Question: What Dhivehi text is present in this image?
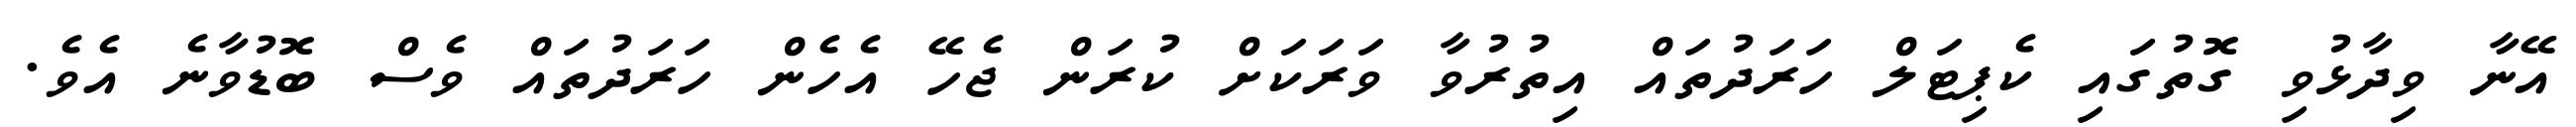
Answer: އޭނާ ވިދާޅުވި ގޮތުގައި ކެޕިޓަލް ހަރަދުތައް އިތުރުވާ ވަރަކަށް ކުރަން ޖެހޭ އެހެން ހަރަދުތައް ވެސް ބޮޑުވާނެ އެވެ.